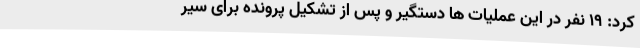
کرد: 19 نفر در این عملیات ها دستگیر و پس از تشکیل پرونده برای سیر